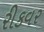
રીકવર